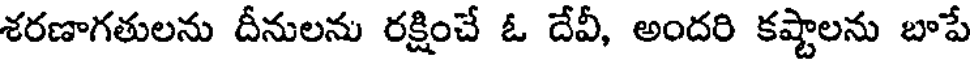
శరణాగతులను దీనులను రక్షించే ఓ దేవీ, అందరి కష్టాలను బాపే